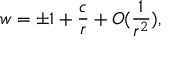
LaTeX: w = \pm 1 + \frac { c } { r } + O ( \frac { 1 } { r ^ { 2 } } ) ,